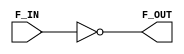
// This program was cloned from: https://github.com/RonnyA/nd-120
// License: MIT License

/******************************************************************************
 ** Logisim-evolution goes FPGA automatic generated Verilog code             **
 ** https://github.com/logisim-evolution/                                    **
 **                                                                          **
 ** Component : F103                                                         **
 **                                                                          **
 *****************************************************************************/

module F103( F_IN,
             F_OUT );

   /*******************************************************************************
   ** The inputs are defined here                                                **
   *******************************************************************************/
   input F_IN;

   /*******************************************************************************
   ** The outputs are defined here                                               **
   *******************************************************************************/
   output F_OUT;

   /*******************************************************************************
   ** The wires are defined here                                                 **
   *******************************************************************************/
   wire s_logisimNet0;
   wire s_logisimNet1;

   /*******************************************************************************
   ** The module functionality is described here                                 **
   *******************************************************************************/

   /*******************************************************************************
   ** Here all input connections are defined                                     **
   *******************************************************************************/
   assign s_logisimNet0 = F_IN;

   /*******************************************************************************
   ** Here all output connections are defined                                    **
   *******************************************************************************/
   assign F_OUT = s_logisimNet1;

   /*******************************************************************************
   ** Here all in-lined components are defined                                   **
   *******************************************************************************/

   // NOT Gate
   assign s_logisimNet1 = ~s_logisimNet0;

endmodule